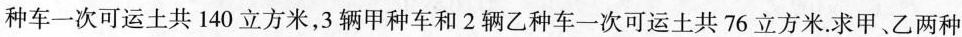
种车一次可运土共 140 立方米，3辆甲种车和 2 辆乙种车一次可运土共 76 立方米。求甲、乙两种